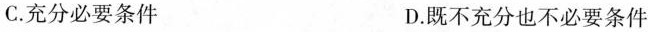
C.充分必要条件 D.既不充分也不必要条件